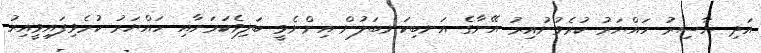
އަދި ޔާސިރު ހައްޔަރު ކުރެވުނުއިރު އޭނާގެ އަނބިކަނބަލުން އިންނެވީ ބަލިވެކަމަށާއި ހައްޔަރު ކުރެވިފައިވީއިރު